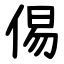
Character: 㑥